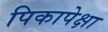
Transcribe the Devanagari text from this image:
पिकापेक्षा